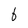
Character: b